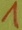
Text: 1